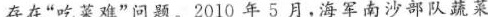
存在”吃菜难”问题。2010年5月，海军南沙部队蔬菜